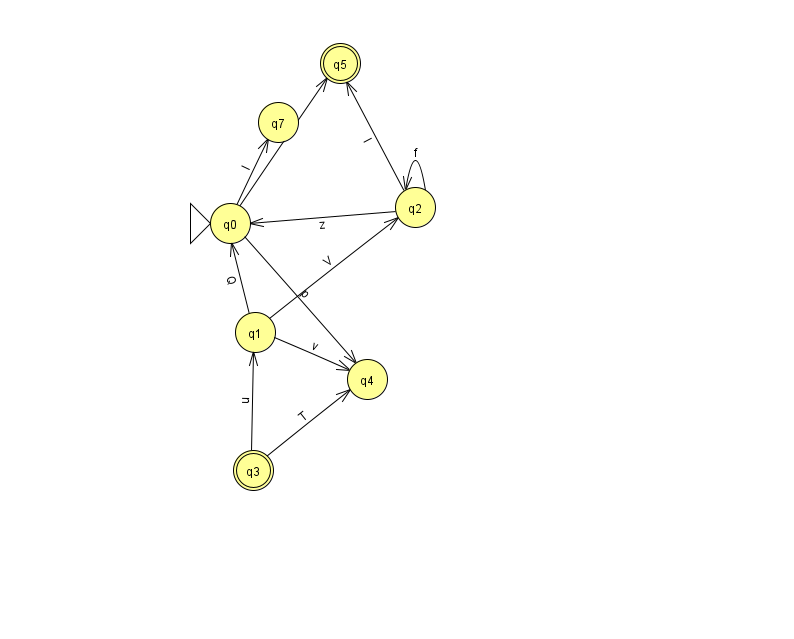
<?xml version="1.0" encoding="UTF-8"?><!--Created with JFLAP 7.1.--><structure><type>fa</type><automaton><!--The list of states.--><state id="0" name="q0"><x>230.0</x><y>210.0</y><initial/></state><state id="1" name="q1"><x>255.0</x><y>319.0</y></state><state id="2" name="q2"><x>415.0</x><y>194.0</y></state><state id="3" name="q3"><x>253.0</x><y>457.0</y><final/></state><state id="4" name="q4"><x>367.0</x><y>366.0</y></state><state id="5" name="q5"><x>340.0</x><y>50.0</y><final/></state><state id="7" name="q7"><x>278.0</x><y>109.0</y></state><!--The list of transitions.--><transition><from>2</from><to>0</to><read>z</read></transition><transition><from>0</from><to>7</to><read>l</read></transition><transition><from>0</from><to>4</to><read>p</read></transition><transition><from>1</from><to>2</to><read>V</read></transition><transition><from>2</from><to>2</to><read>f</read></transition><transition><from>3</from><to>1</to><read>u</read></transition><transition><from>2</from><to>5</to><read>I</read></transition><transition><from>0</from><to>5</to><read>R</read></transition><transition><from>1</from><to>0</to><read>Q</read></transition><transition><from>1</from><to>4</to><read>v</read></transition><transition><from>3</from><to>4</to><read>T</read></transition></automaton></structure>